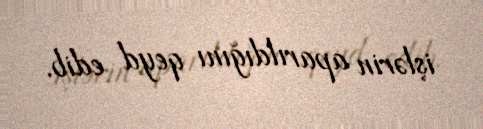
işlərin aparıldığını qeyd edib.